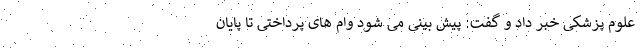
علوم پزشکی خبر داد و گفت: پیش بینی می شود وام های پرداختی تا پایان